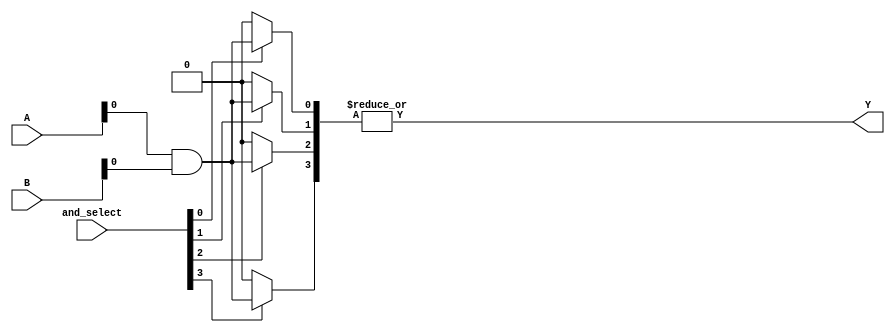
module GPAL #(
    parameter NUM_AND_TERMS = 4,
    parameter NUM_OR_TERMS = 1
)(
    input  wire [3:0] A,        // Example: 4 input lines A[3:0]
    input  wire [3:0] B,        // Example: another set of input lines B[3:0]
    input  wire [NUM_AND_TERMS-1:0] and_select, // Select which AND terms to enable
    output wire [NUM_OR_TERMS-1:0] Y         // Output line
);

// Programmable AND array
wire [NUM_AND_TERMS-1:0] and_out;

// Generate AND gates based on user-defined connections
generate
    genvar i;
    for (i = 0; i < NUM_AND_TERMS; i = i + 1) begin: and_block
        // Each AND gate will take a combination of the specified inputs or their complements
        assign and_out[i] = (and_select[i]) ? (A[0] & B[0]) : 1'b0; // Example connections
        // You can modify this based on the desired connections for other terms.
    end
endgenerate

// Fixed OR array
assign Y = |and_out; // OR all AND outputs (can be customized for more OR terms)

// Additional functionality can be added here as needed
endmodule